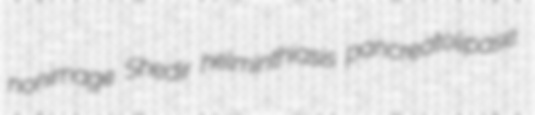
nonimage Shedir helminthiasis pancreatolipase